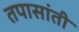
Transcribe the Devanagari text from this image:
तपासांती